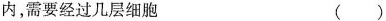
内，需要经过几层细胞 ( )